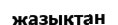
жазықтан